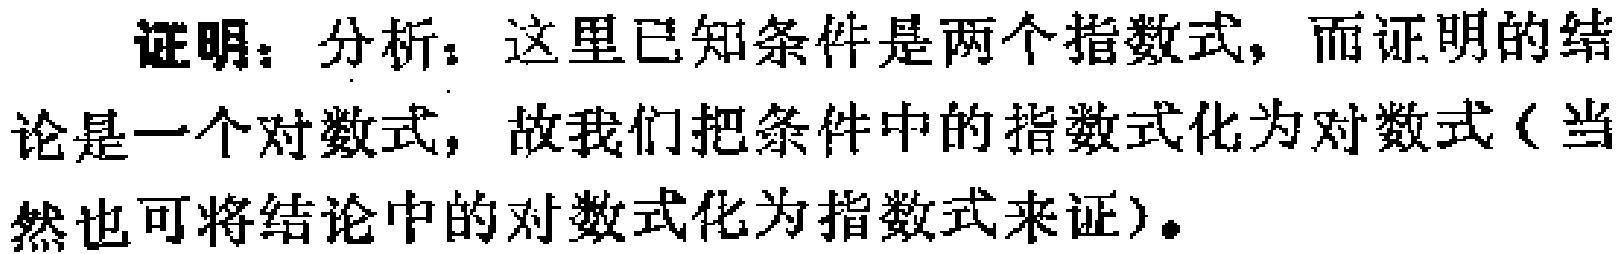
证明：分析：这里已知条件是两个指数式，而证明的结论是一个对数式，故我们把条件中的指数式化为对数式（当然也可将结论中的对数式化为指数式来证）。